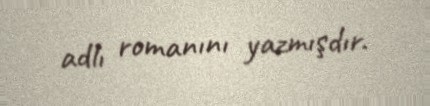
adlı romanını yazmışdır.